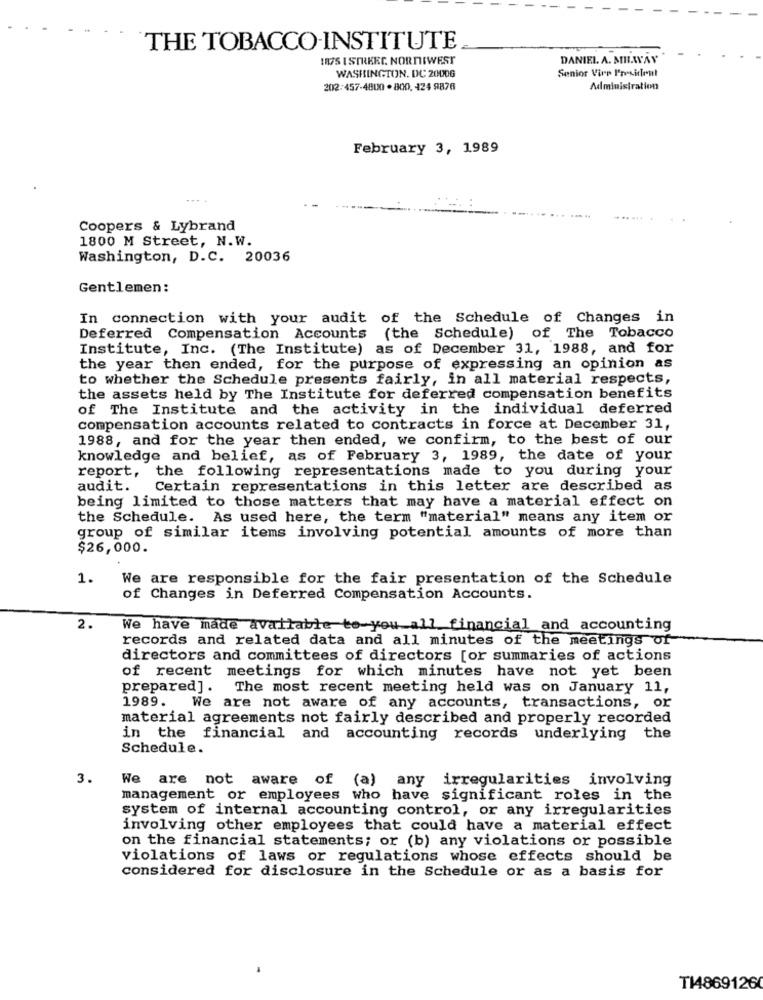
THE TOBACCO-INSTITUTE
1175 I STREET. NORNIWEST
DANIEL A. MILWAY
Senior Viro President
WASHINGTON, DC 20006
202:457-4800 . 800. 424 9876
Administration
February 3, 1989
....
Coopers & Lybrand
1800 M Street, N.W.
Washington, D.C. 20036
Gentlemen:
In connection with your audit of the Schedule of Changes in
Deferred Compensation Accounts (the Schedule) of The Tobacco
Institute, Inc. (The Institute) as of December 31, 1988, and for
the year then ended, for the purpose of expressing an opinion as
to whether the Schedule presents fairly, in all material respects,
the assets held by The Institute for deferred compensation benefits
of The Institute and the activity in the individual deferred
compensation accounts related to contracts in force at December 31,
1988, and for the year then ended, we confirm, to the best of our
knowledge and belief, as of February 3, 1989, the date of your
report, the following representations made to you during your
audit.
Certain representations in this letter are described as
being limited to those matters that may have a material effect on
the Schedule. As used here, the term "material" means any item or
group of similar items involving potential amounts of more than
$26,000.
1.
We are responsible for the fair presentation of the Schedule
of Changes in Deferred Compensation Accounts.
2.
We have made available to you all financial and accounting
records and related data and all minutes of the meetings of
directors and committees of directors [or summaries of actions
of recent meetings for which minutes have not yet been
prepared]. The most recent meeting held was on January 11,
1989.
We are not aware of any accounts, transactions, or
material agreements not fairly described and properly recorded
in the financial and accounting records underlying the
Schedule.
3.
We are not aware of (a) any irregularities involving
management or employees who have significant roles in the
system of internal accounting control, or any irregularities
involving other employees that could have a material effect
on the financial statements; or (b) any violations or possible
violations of laws or regulations whose effects should be
considered for disclosure in the Schedule or as a basis for
T18691260